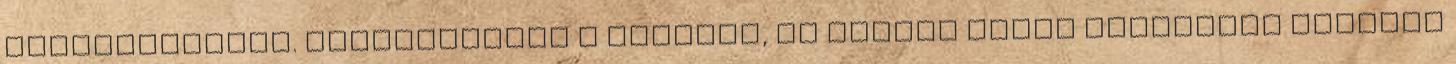
kiábrándítson. Kacsintottam a másikra, ám inkább kissé játékosan mintsem